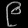
Digit: ၉